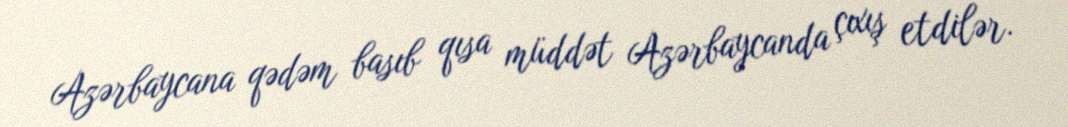
Azərbaycana qədəm basıb qısa müddət Azərbaycanda çıxış etdilər.